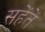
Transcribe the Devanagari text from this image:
सहेंतें